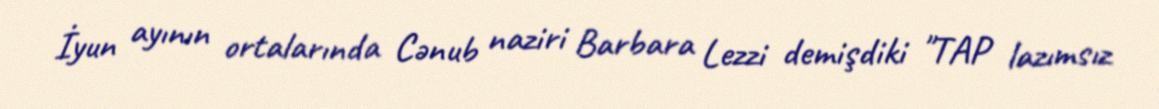
İyun ayının ortalarında Cənub naziri Barbara Lezzi demişdiki "TAP lazımsız